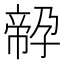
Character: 𡦔